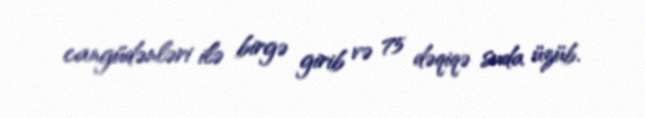
cangüdənləri ilə birgə girib və 75 dəqiqə suda üzüb.